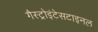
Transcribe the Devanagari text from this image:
गैस्ट्रोइंटेसटाइनल